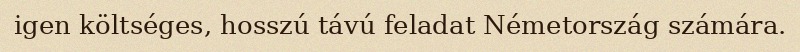
igen költséges, hosszú távú feladat Németország számára.